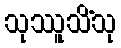
သုဿူသိံသု